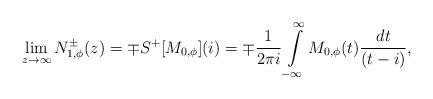
LaTeX: \begin{align*}\lim_{z\to\infty}N^{\pm}_{1,\phi}(z)=\mp S^+[M_{0,\phi}](i)=\mp\frac{1}{2 \pi i} \int\limits_{-\infty}^{\infty} M_{0,\phi}(t)\frac{d t }{(t - i)},\end{align*}